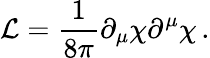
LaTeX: {\cal L}=\frac{1}{8\pi}\partial_{\mu}\chi\partial^{\mu}\chi\, .